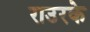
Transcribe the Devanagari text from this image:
राउरके